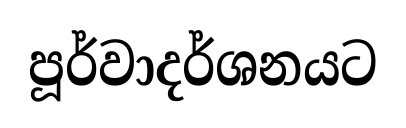
පූර්වාදර්ශනයට